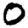
Digit: 0